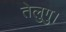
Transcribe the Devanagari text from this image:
तेलुगु।